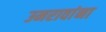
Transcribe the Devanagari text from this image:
उमरावांना